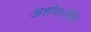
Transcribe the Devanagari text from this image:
अशोकजींचे